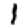
Digit: 1